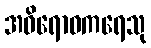
အဝိရောဓကရေသု